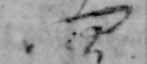
四